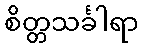
စိတ္တသင်္ခါရာ